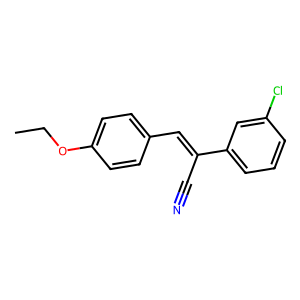
SMILES: CCOc1ccc(C=C(C#N)c2cccc(Cl)c2)cc1
Inhibits HIV replication: No